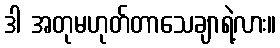
ဒါ အတုမဟုတ်တာသေချာရဲ့လား။